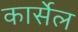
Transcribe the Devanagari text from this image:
कार्सेल